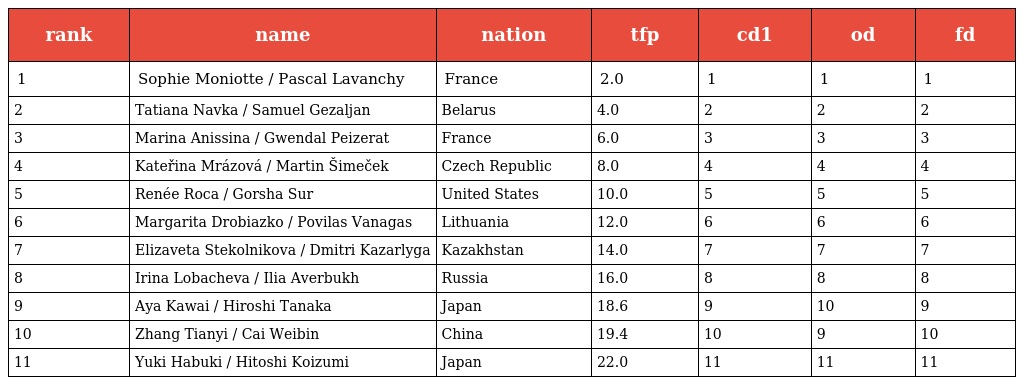
| rank | name | nation | tfp | cd1 | od | fd |
 | --- | --- | --- | --- | --- | --- | --- |
 | 1 | Sophie Moniotte / Pascal Lavanchy | France | 2.0 | 1 | 1 | 1 |
 | 2 | Tatiana Navka / Samuel Gezaljan | Belarus | 4.0 | 2 | 2 | 2 |
 | 3 | Marina Anissina / Gwendal Peizerat | France | 6.0 | 3 | 3 | 3 |
 | 4 | Kateřina Mrázová / Martin Šimeček | Czech Republic | 8.0 | 4 | 4 | 4 |
 | 5 | Renée Roca / Gorsha Sur | United States | 10.0 | 5 | 5 | 5 |
 | 6 | Margarita Drobiazko / Povilas Vanagas | Lithuania | 12.0 | 6 | 6 | 6 |
 | 7 | Elizaveta Stekolnikova / Dmitri Kazarlyga | Kazakhstan | 14.0 | 7 | 7 | 7 |
 | 8 | Irina Lobacheva / Ilia Averbukh | Russia | 16.0 | 8 | 8 | 8 |
 | 9 | Aya Kawai / Hiroshi Tanaka | Japan | 18.6 | 9 | 10 | 9 |
 | 10 | Zhang Tianyi / Cai Weibin | China | 19.4 | 10 | 9 | 10 |
 | 11 | Yuki Habuki / Hitoshi Koizumi | Japan | 22.0 | 11 | 11 | 11 |